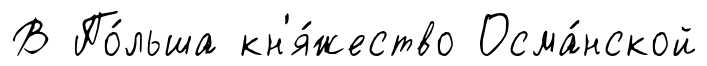
В По́льша кн'я́жество Осма́нской